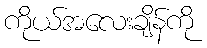
ကိုယ်အလေးချိန်ကို